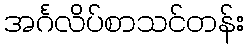
အင်္ဂလိပ်စာသင်တန်း